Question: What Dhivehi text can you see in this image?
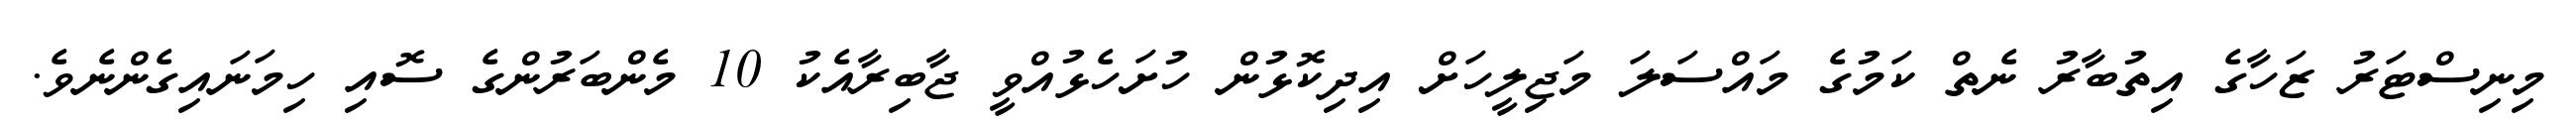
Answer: މިނިސްޓަރު ޒަހާގެ އިތުބާރު ނެތް ކަމުގެ މައްސަލަ މަޖިލީހަށް އިދިކޮޅުން ހުށަހެޅުއްވީ ޖާބިރާއެކު 10 މެންބަރުންގެ ސޮއި ހިމަނައިގެންނެވެ.